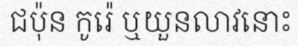
ជប៉ុន កូរ៉េ ឬយួនលាវនោះ